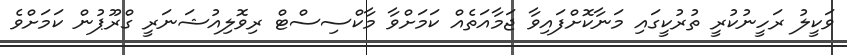
ވަކީލު ރަހީނުކުރީ ތުުުރުކީގައި މަނާކޮށްފައިވާ ޖަމާއަތެއް ކަމަށްވާ މާކްސިސްޓް ރިވޮލިއުޝަނަރީ ގްރޫޕުން ކަމަށްވެ